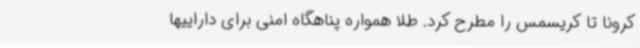
کرونا تا کریسمس را مطرح کرد. طلا همواره پناهگاه امنی برای داراییها